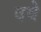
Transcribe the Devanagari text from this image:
ववे